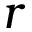
r